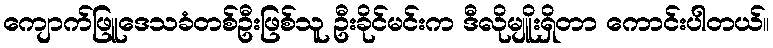
ကျောက်ဖြူဒေသခံတစ်ဦးဖြစ်သူ ဦးခိုင်မင်းက ဒီလိုမျိူးရှိတာ ကောင်းပါတယ်။